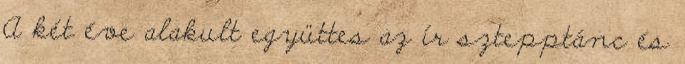
A két éve alakult együttes az ír sztepptánc és